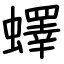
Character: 蠌